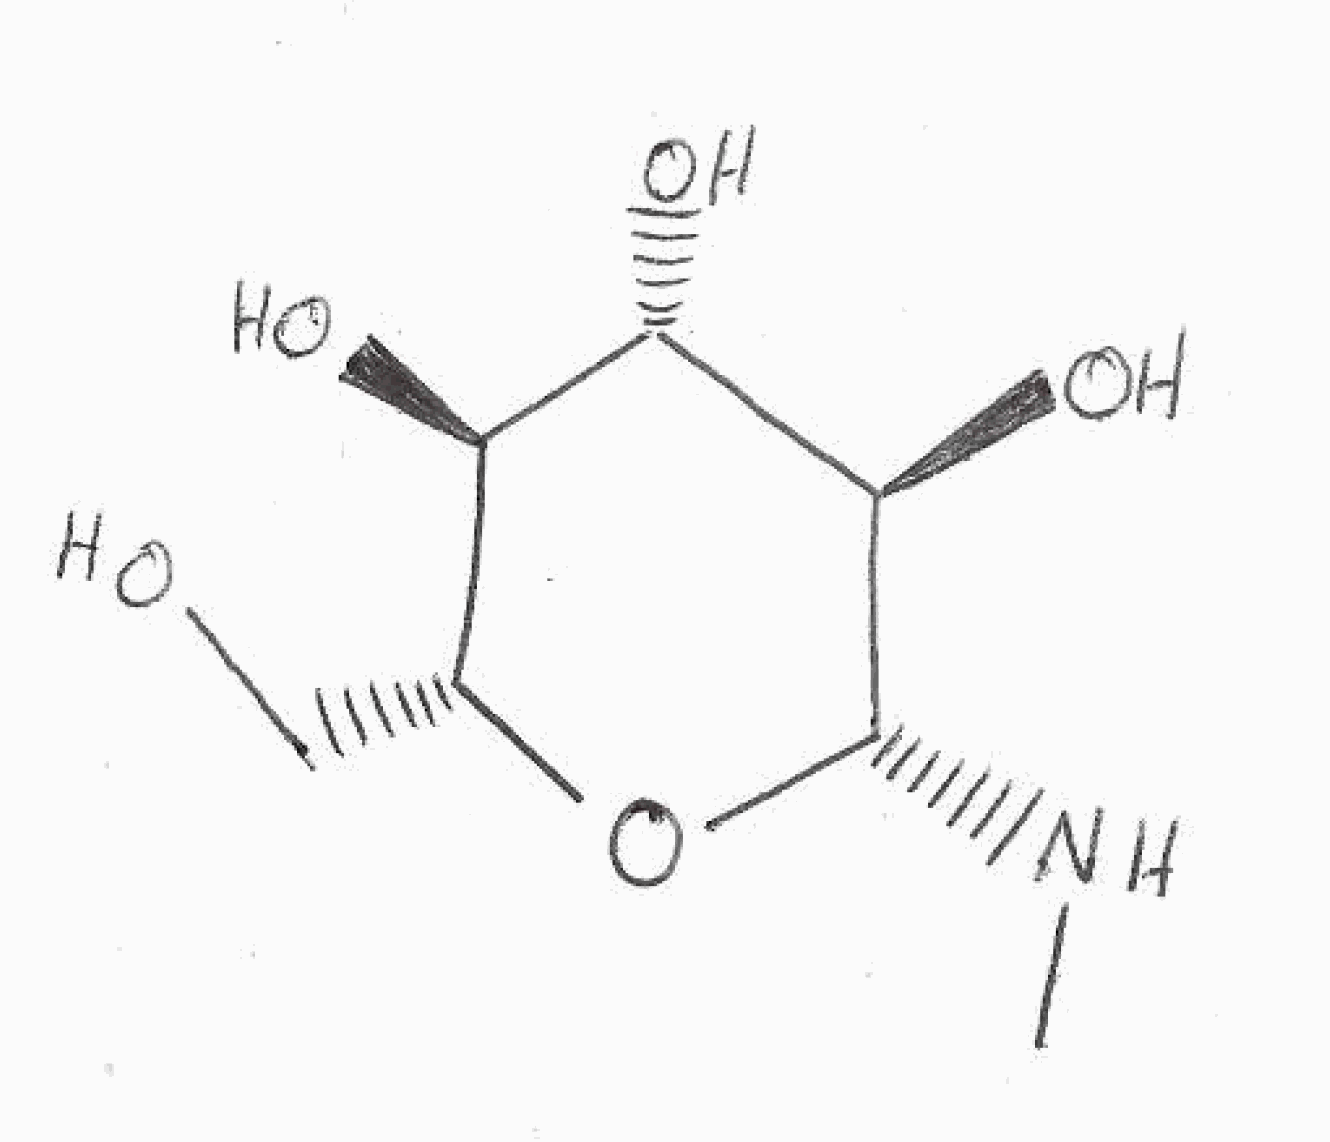
Simplified molecular-input line-entry system (SMILES) notation of the given molecule:
CN[C@H]1[C@@H]([C@H]([C@@H]([C@H](O1)CO)O)O)O